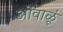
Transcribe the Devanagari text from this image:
ओंवाळूं